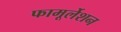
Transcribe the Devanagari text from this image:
फामूर्लेशन